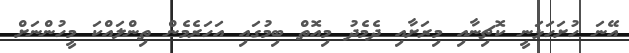
އޭނަ ހުށަހަޅަނީ ކޮޗިނާއި މިރަށާއި ދެމެދު މިއޮތް ބިމުގައި އަހަރެމެން ތިންލައްކަ މީހުންނަށް